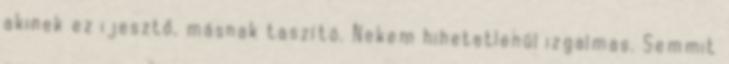
akinek ez ijesztő, másnak taszító. Nekem hihetetlenül izgalmas. Semmit